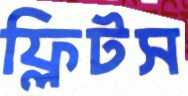
ফ্লিটস